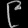
Digit: ၉